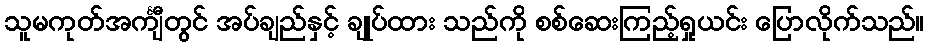
သူမကုတ်အင်္ကျီတွင် အပ်ချည်နှင့် ချုပ်ထား သည်ကို စစ်ဆေးကြည့်ရှုယင်း ပြောလိုက်သည်။